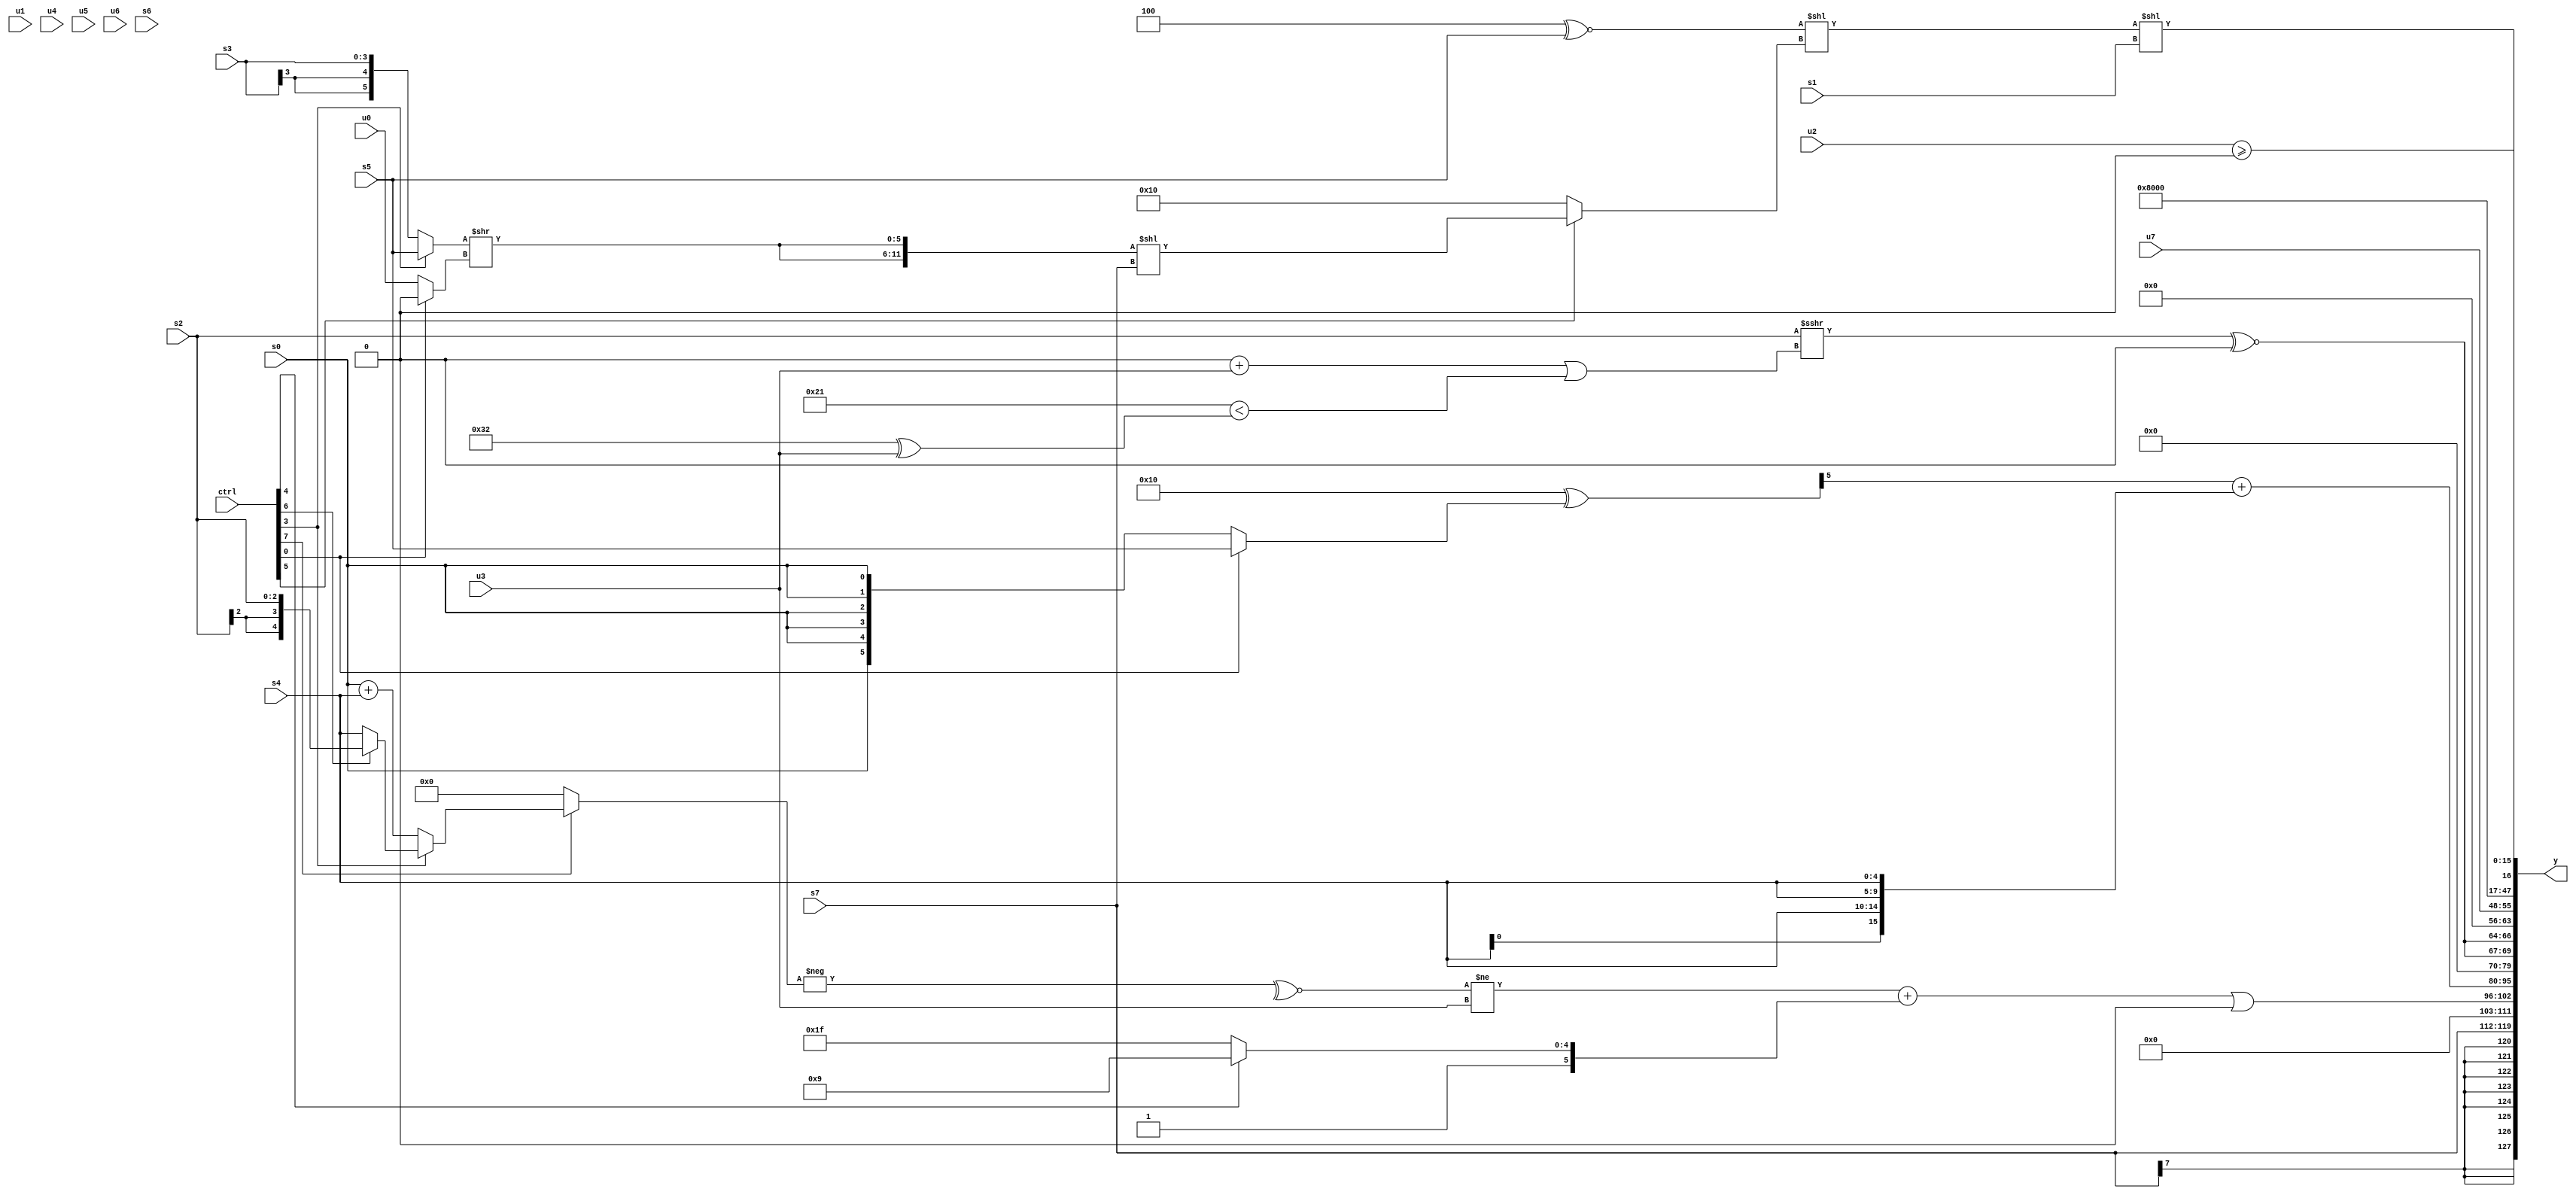
module wideexpr_00992(ctrl, u0, u1, u2, u3, u4, u5, u6, u7, s0, s1, s2, s3, s4, s5, s6, s7, y);
  input [7:0] ctrl;
  input [0:0] u0;
  input [1:0] u1;
  input [2:0] u2;
  input [3:0] u3;
  input [4:0] u4;
  input [5:0] u5;
  input [6:0] u6;
  input [7:0] u7;
  input signed [0:0] s0;
  input signed [1:0] s1;
  input signed [2:0] s2;
  input signed [3:0] s3;
  input signed [4:0] s4;
  input signed [5:0] s5;
  input signed [6:0] s6;
  input signed [7:0] s7;
  output [127:0] y;
  wire [15:0] y0;
  wire [15:0] y1;
  wire [15:0] y2;
  wire [15:0] y3;
  wire [15:0] y4;
  wire [15:0] y5;
  wire [15:0] y6;
  wire [15:0] y7;
  assign y = {y0,y1,y2,y3,y4,y5,y6,y7};
  assign y0 = s7;
  assign y1 = (((~^(-((ctrl[7]?(ctrl[3]?(ctrl[6]?s2:s4):(s0)+(s4)):(ctrl[4]?(1'sb0)>>>(4'sb1111):2'sb00)))))!=(u3))+({1{$signed($signed((ctrl[4]?((ctrl[2]?1'sb0:3'sb000))^($signed(6'sb101001)):1'sb1)))}}))|(&(+((6'sb011011)>>(6'sb000101))));
  assign y2 = $signed((((5'sb10000)^((ctrl[0]?s5:s0)))>>>($signed((1'sb0)-(3'b001))))+($signed({4{$signed(s4)}})));
  assign y3 = {2{((s2)>>>((((4'b1010)<<(6'sb011001))+(u3))|(({2{5'b00001}})<((6'b110010)^(u3)))))^~(1'sb0)}};
  assign y4 = u7;
  assign y5 = {1{3'sb001}};
  assign y6 = (u2)>=((u1)<<($signed(4'sb0011)));
  assign y7 = ((($signed(3'sb100))^~($signed(s5)))<<((ctrl[5]?({2{((ctrl[3]?s5:s3))>>((ctrl[0]?{3{1'sb0}}:u0))}})<<(s7):6'sb010000)))<<(s1);
endmodule